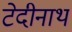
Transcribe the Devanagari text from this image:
टेदीनाथ